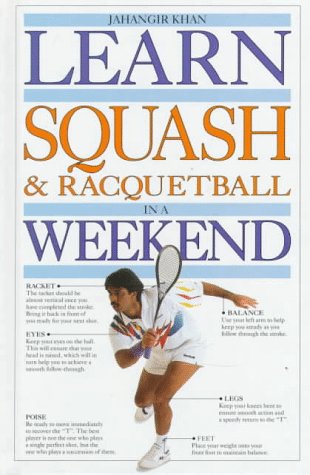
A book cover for Learn Squash and Racquetball in a Weekend (Learn in a Weekend Series); Jahangir Khan; Sports & Outdoors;